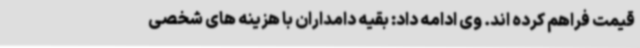
قیمت فراهم کرده اند. وی ادامه داد: بقیه دامداران با هزینه های شخصی